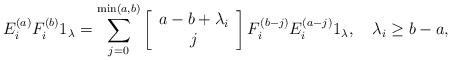
LaTeX: \begin{align*} E_i^{(a)}F_i^{(b)}1_\lambda=\sum_{j=0}^{\min(a,b)}\left[ \begin{array}{c}a-b+\lambda_i\\j\end{array}\right]F_i^{(b-j)}E_i^{(a-j)}1_\lambda,\quad\lambda_i\geq b-a,\end{align*}